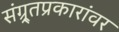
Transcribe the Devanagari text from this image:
संग्र्र्तप्रकारांवर